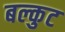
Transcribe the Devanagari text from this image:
बल्कुट